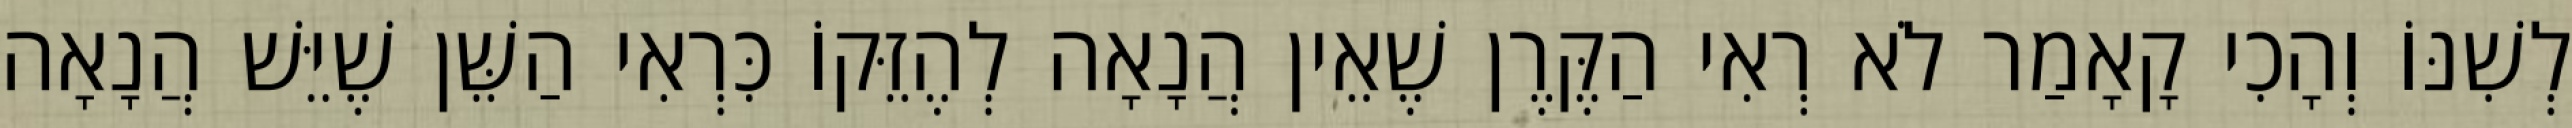
לְשִׁנּוֹ וְהָכִי קָאָמַר לֹא רְאִי הַקֶּרֶן שֶׁאֵין הֲנָאָה לְהֶזֵּקוֹ כִּרְאִי הַשֵּׁן שֶׁיֵּשׁ הֲנָאָה